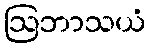
ဩဘာသယံ